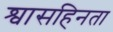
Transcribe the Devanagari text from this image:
श्वासहिनता